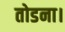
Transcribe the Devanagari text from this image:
तोडना।